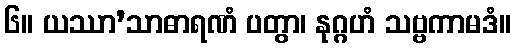
၆။ ယဿာ’သာဓာရဏံ ပတွာ၊ နုဂ္ဂဟံ သဗ္ဗကာမဒံ။